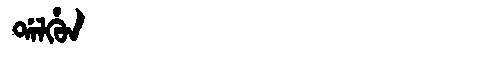
Manchu: ᡩᠠᠯᡥᡠᠨ
Romanization: DALHUN